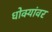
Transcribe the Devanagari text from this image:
धोक्यांवर